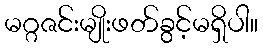
မဂ္ဂဇင်းမျိုးဖတ်ခွင့်မရှိပါ။